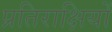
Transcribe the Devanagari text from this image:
प्रतिराक्षियों